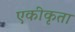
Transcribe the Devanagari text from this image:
एकीकृता